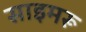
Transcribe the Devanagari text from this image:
साइमरू